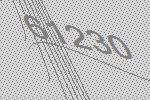
61230